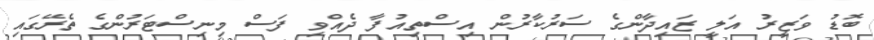
ބޮޑު ވަޒީރު އަލީ ޒައިދާންގެ ސަރުކާރުން އިސްތިއުފާ ދެއްވި ފަސް މިނިސްޓަރުންގެ ތެރޭގައި